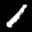
Label: 1